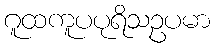
ဂူထကူပပုရိသဥပမာ